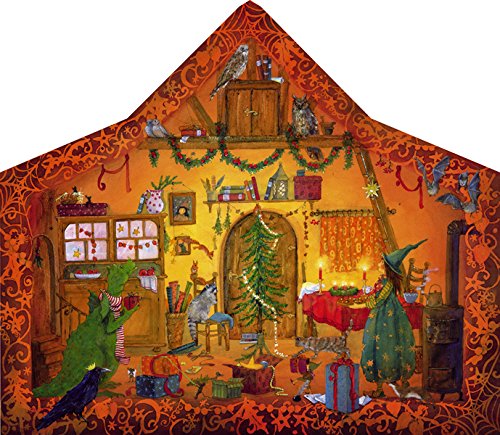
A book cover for Advent Calendar with Christmas Scene, Fairy Home; Daniela Drescher; Calendars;